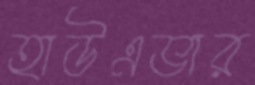
হাউএভার